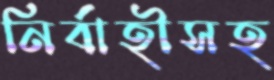
নির্বাহীসহ